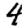
Digit: 4